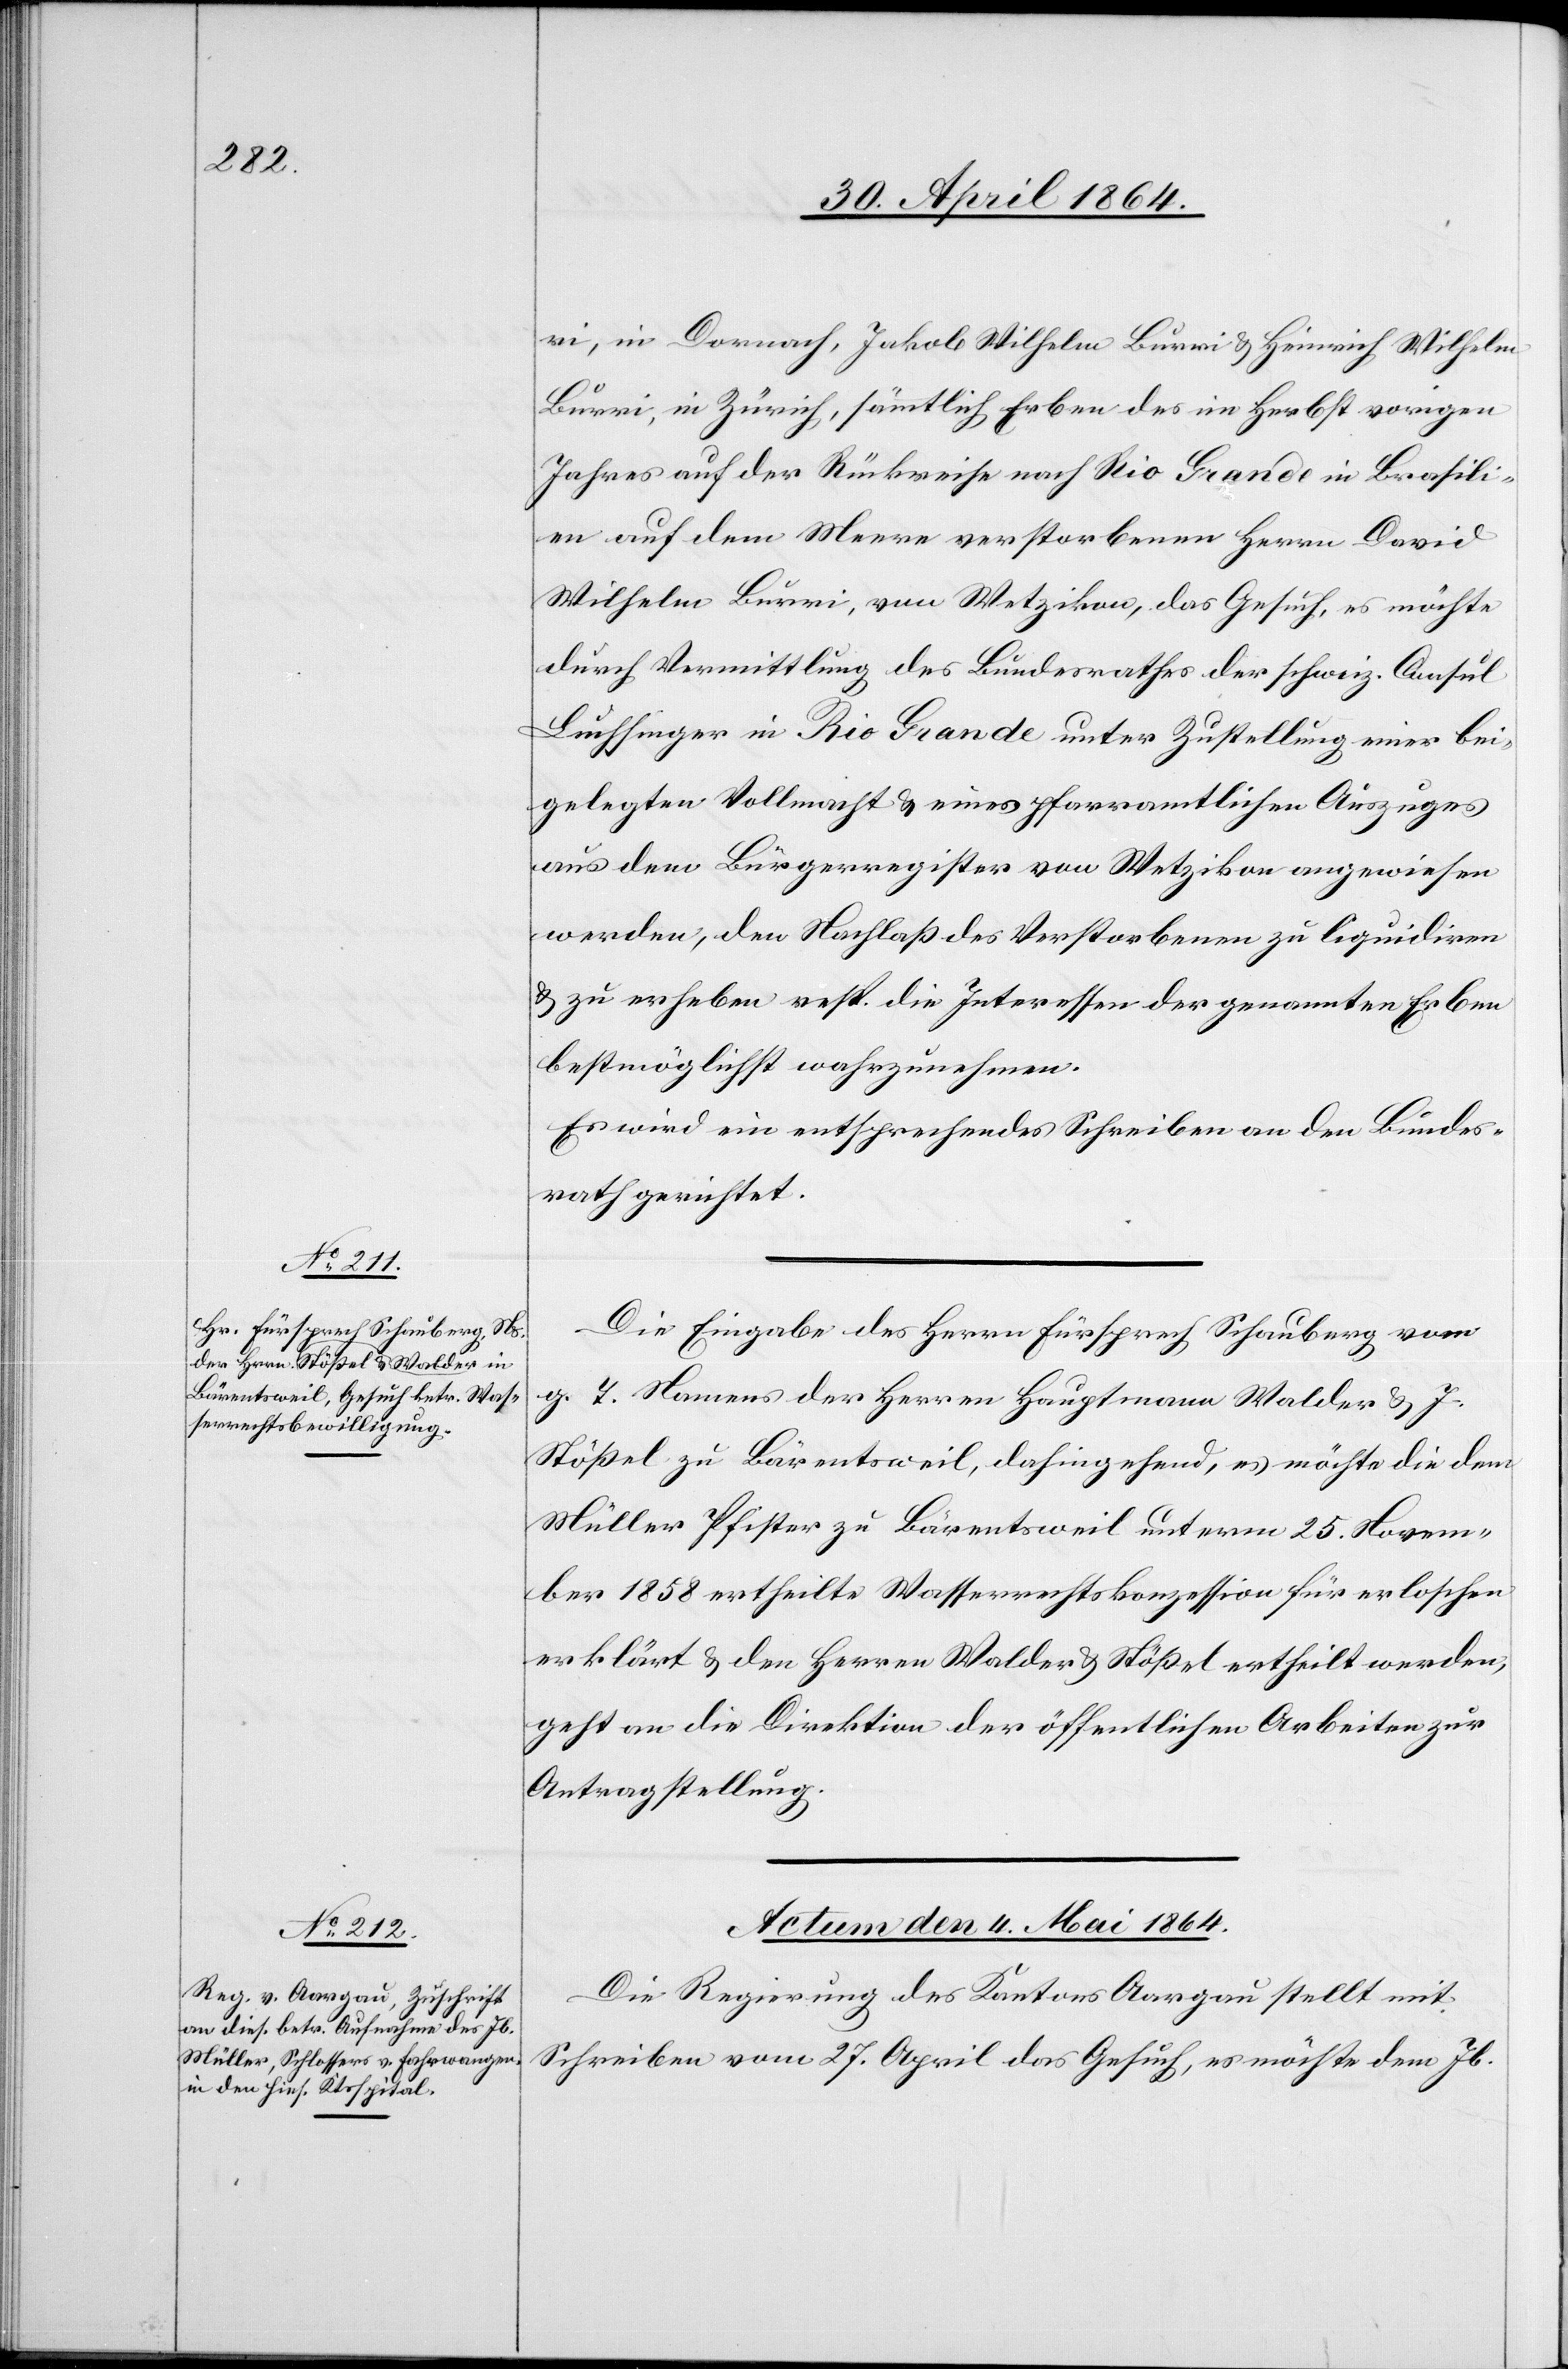
ri, in Dornach, Jakob Wilhelm Burri u. Heinrich Wilhelm
Burri, in Zürich, sämtlich Erben des im Herbst vorigen
Jahres auf der Rückreise nach Rio Grande in Brasili¬
en auf dem Meere verstorbenen Herrn David
Wilhelm Burri, von Wetzikon, das Gesuch, es möchte
durch Vermittlung des Bundesrathes der schweiz. Consul
Luchsinger in Rio Grande unter Zustellung einer bei¬
gelegten Vollmacht u. eines pfarramtlichen Auszuges
aus dem Bürgerregister von Wetzikon angewiesen
werden, den Nachlaß des Verstorbenen zu liquidiren
u. zu erheben resp. die Interessen der genannten Erben
bestmöglichst wahrzunehmen.
Es wird ein entsprechendes Schreiben an den Bundes¬
rath gerichtet.
Die Eingabe des Herrn Fürsprech Schauberg vom
g. T. Namens der Herren Hauptmann Walder u. J.
Stößel zu Bärentsweil, dahingehend, es möchte die dem
Müller Pfister zu Bärentsweil unterm 25. Novem¬
ber 1858 ertheilte Wasserrechtskonzession für erloschen
erklärt u. den Herren Walder u. Stößel ertheilt werden,
geht an die Direktion der öffentlichen Arbeiten zur
Antragstellung.
Actum den 4. Mai 1864.
Die Regierung des Kantons Aargau stellt mit
Schreiben vom 27. April das Gesuch, es möchte dem Jb.